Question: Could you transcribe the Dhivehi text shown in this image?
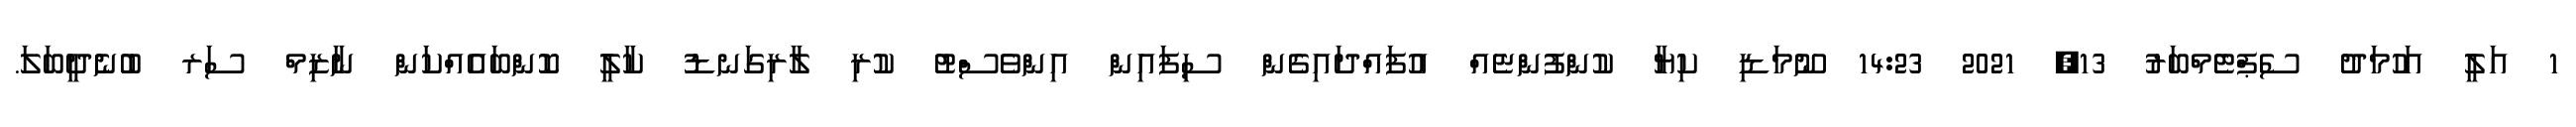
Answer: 1 އަލީ އަހުމަދު ސެޕްޓެމްބަރު 13, 2021 14:23 ނޫމަޑި ކިޔާ ކުންފުންޏެއް އުފައްދައިގެން ސިފައިން އިންވެސްޓު ކުރި ލާރިގަނޑު ކާލީ ކޮންބައެއްކަން ނާޒިމް ސަރ ބުނެދީބަލަ.